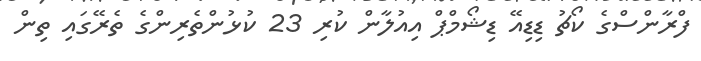
ފްރާންސްގެ ކޯޗު ޑިޑިއޭ ޑިޝޯމްޕް އިއުލާން ކުރި 23 ކުޅުންތެރިންގެ ތެރޭގައި ތިން